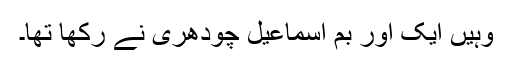
وہیں ایک اور بم اسماعیل چودھری نے رکھا تھا۔